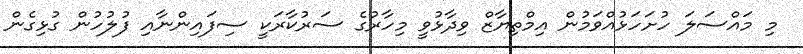
މި މައްސަލަ ހުށަހަޅުއްވަމުން އިމްތިޔާޒް ވިދާޅުވީ މިހާރުގެ ސަރުކާރަކީ ސިފައިންނާއި ފުލުހުން ގުޅިގެން